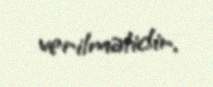
verilməlidir.